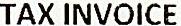
TAX INVOICE